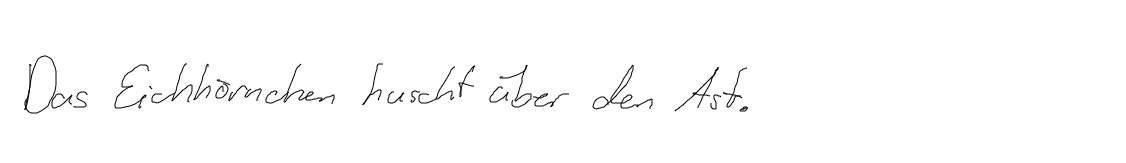
Das Eichhörnchen huscht über den Ast.